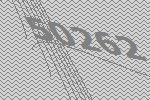
50262